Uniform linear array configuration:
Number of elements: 4
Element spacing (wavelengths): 0.5
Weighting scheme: hann
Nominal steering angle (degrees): -45
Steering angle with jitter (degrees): -43.41
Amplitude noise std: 0.05
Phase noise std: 0.05

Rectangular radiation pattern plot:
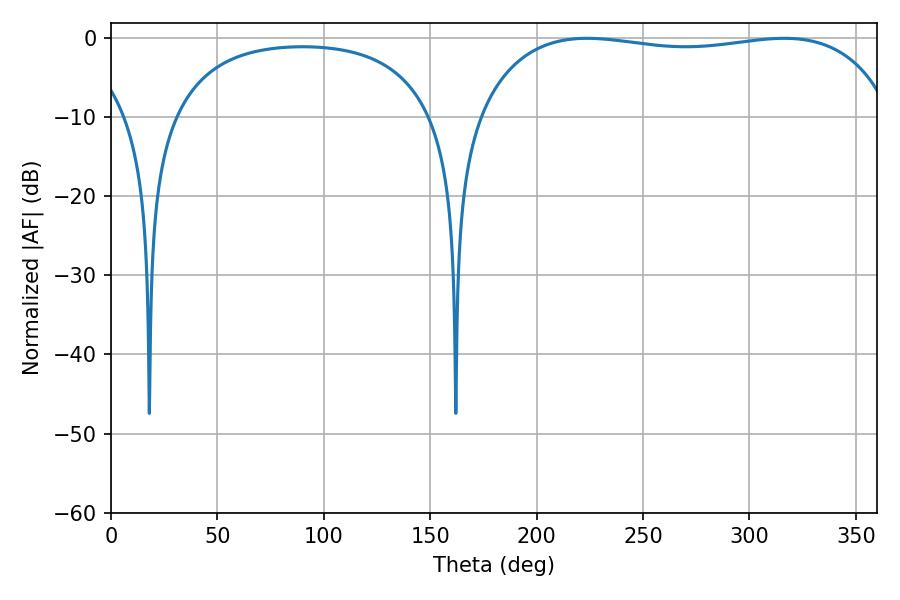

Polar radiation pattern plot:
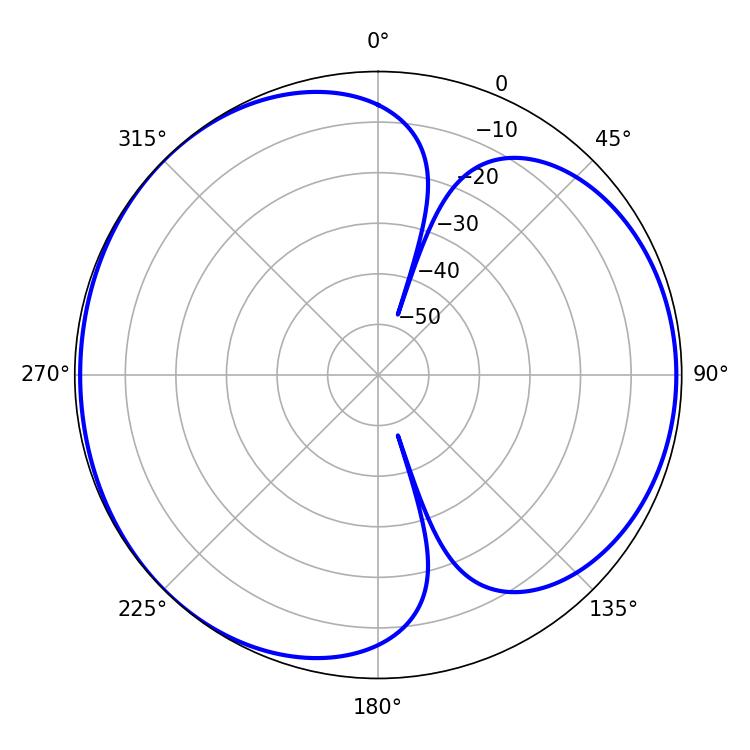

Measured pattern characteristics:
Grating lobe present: FALSE
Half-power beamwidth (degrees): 157.68
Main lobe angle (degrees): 223.74